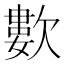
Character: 𣤋